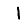
Digit: 1